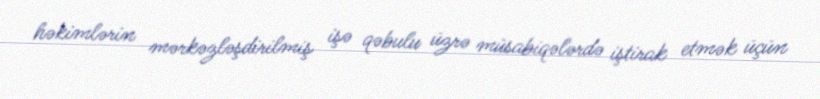
həkimlərin mərkəzləşdirilmiş işə qəbulu üzrə müsabiqələrdə iştirak etmək üçün